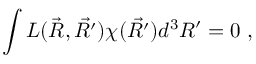
\int { \cal L } ( \vec { R } , \vec { R ^ { \prime } } ) \chi ( \vec { R ^ { \prime } } ) d ^ { 3 } R ^ { \prime } = 0 \ ,